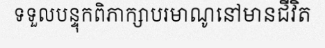
ទទួលបន្ទុកពិភាក្សាបរមាណូនៅមានជីវិត